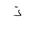
Letter: _thal